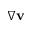
\nabla \mathbf v